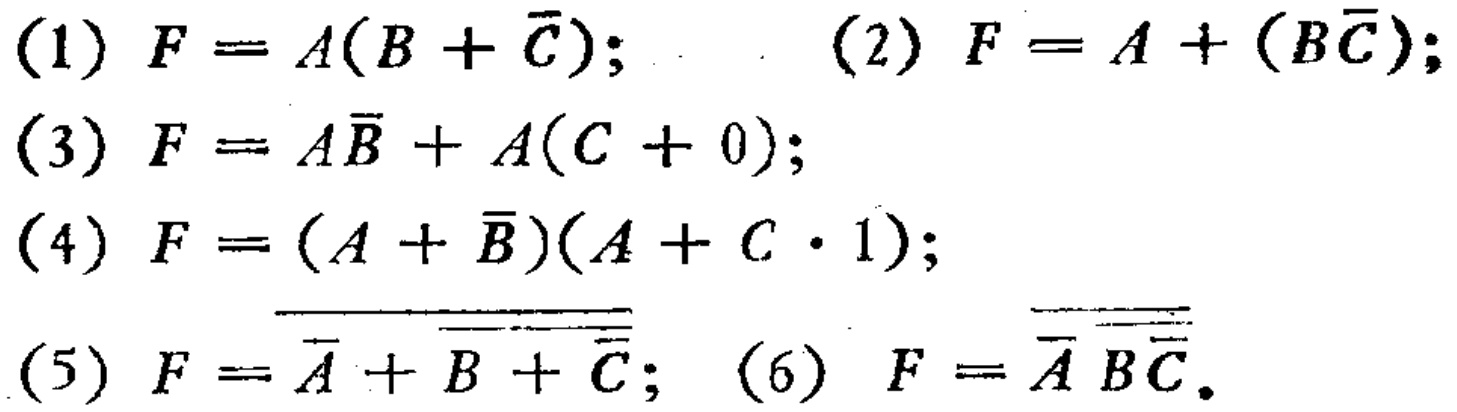
(1) \(F = A(B+\overline{C})\); (2) \(F = A+(B\overline{C})\);

(3) \(F = A\overline{B}+A(C + 0)\);

(4) \(F=(A+\overline{B})(A + C\cdot1)\);

(5) \(F=\overline{\overline{A}+\overline{\overline{B}+\overline{C}}}\); (6) \(F=\overline{\overline{A}\overline{\overline{B}\overline{C}}}\).